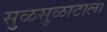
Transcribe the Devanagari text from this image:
सुळसुळाटाला